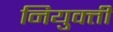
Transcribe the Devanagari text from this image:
नियुक्‍ती